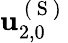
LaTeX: \mathbf{u}_{2,0}^{\mathrm{~(~S~)~}}